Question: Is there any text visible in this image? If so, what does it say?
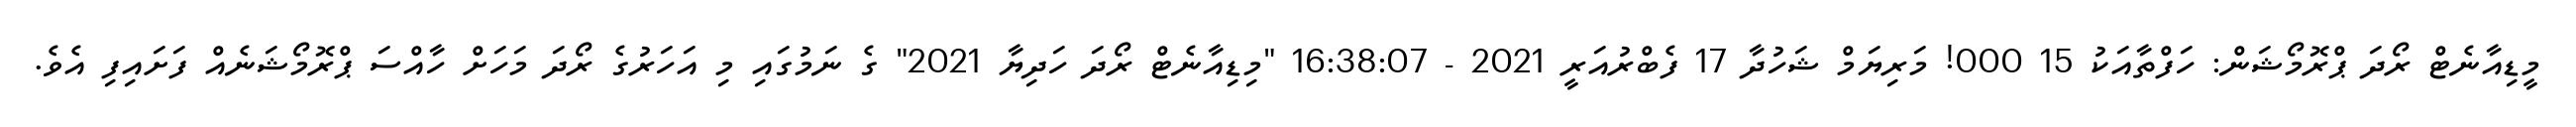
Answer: މީޑިއާނެޓް ރޯދަ ޕްރޮމޯޝަން: ހަފްތާއަކު 15 000! މަރިޔަމް ޝަހުދާ 17 ފެބްރުއަރީ 2021 - 16:38:07 "މިޑިއާނެޓް ރޯދަ ހަދިޔާ 2021" ގެ ނަމުގައި މި އަހަރުގެ ރޯދަ މަހަށް ހާއްސަ ޕްރޮމޯޝަނެއް ފަށައިފި އެވެ.